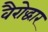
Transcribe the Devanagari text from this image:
वैरोद्धार